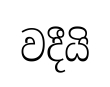
වදීයි